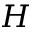
H